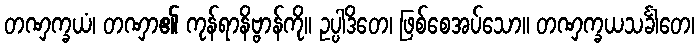
တဏှက္ခယံ၊ တဏှာ၏ ကုန်ရာနိဗ္ဗာန်ကို။ ဥပ္ပါဒိတေ၊ ဖြစ်စေအပ်သော။ တဏှက္ခယသင်္ခါတေ၊